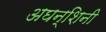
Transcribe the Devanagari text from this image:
अघन्शिनी